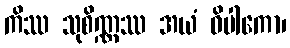
ကိဿ သုစိဏ္ဏဿ အယံ ဝိပါကော၊